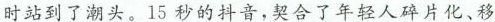
时站到了潮头。15秒的抖音，契合了年轻人碎片化、移